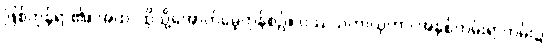
ဖြစ်ကုန်ရာ၏။ အထ၊ ထိုသို့အောက်မေ့ကုန်စဉ်။ ဝဿသတာယုကာ၊ အနှစ်တမ်းရာတမ်း၌